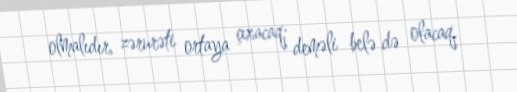
olmalıdır, zərurəti ortaya çıxacaq; deməli belə də olacaq.